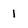
Character: 1